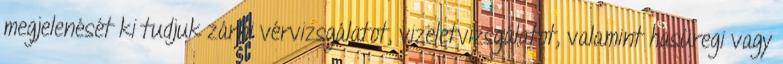
megjelenését ki tudjuk zárni vérvizsgálatot, vizeletvizsgálatot, valamint hasüregi vagy